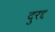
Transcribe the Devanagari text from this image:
दुरद्द